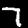
Label: 7